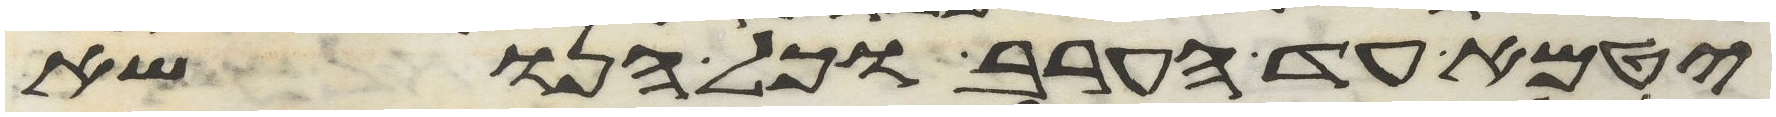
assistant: יטמא עד הערב וכל הנשא